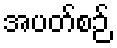
အပတ်စဉ်